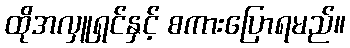
ထိုအလှူရှင်နှင့် စကားပြောရမည်။